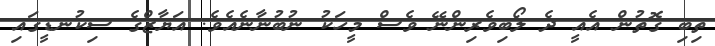
ތިބި ގޮތުން އެއީ ދެ ލޯބިވެރިންނޭ ވެސް މީހަކު ނުބުނާނެއެވެ. އަޔާޒްގެ ސިކުނޑީގައި